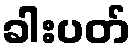
ခါးပတ်